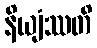
နိယျံဿတိ